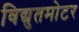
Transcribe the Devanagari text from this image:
विद्युतमोटर